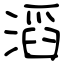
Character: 滔